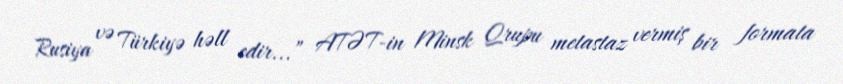
Rusiya və Türkiyə həll edir...” ATƏT-in Minsk Qrupu metastaz vermiş bir formata